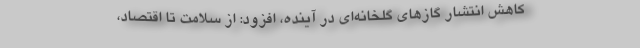
کاهش انتشار گازهای گلخانه‌ای در آینده، افزود: از سلامت تا اقتصاد،